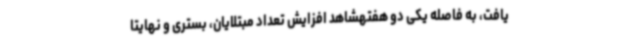
یافت، به فاصله یکی دو هفتهشاهد افزایش تعداد مبتلایان، بستری و نهایتا